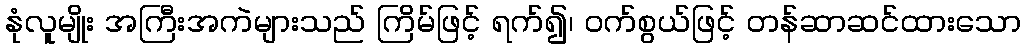
နုံလူမျိုး အကြီးအကဲများသည် ကြိမ်ဖြင့် ရက်၍၊ ဝက်စွယ်ဖြင့် တန်ဆာဆင်ထားသော